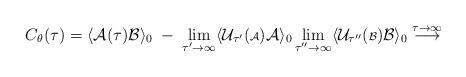
LaTeX: \begin{align*}C_\theta(\tau) = \langle {\cal A}(\tau) {\cal B} \rangle_0 \; - \;\lim_{\tau^\prime \rightarrow \infty} \langle {\cal U}_{\tau^\prime}( {\scriptstyle {\cal A}}) {\cal A} \rangle_0\lim_{\tau^{\prime \prime} \rightarrow \infty} \langle{\cal U}_{\tau^{\prime \prime}} ( {\scriptstyle {\cal B}}) {\cal B} \rangle_0\stackrel{\tau \rightarrow \infty}{\longrightarrow}\end{align*}